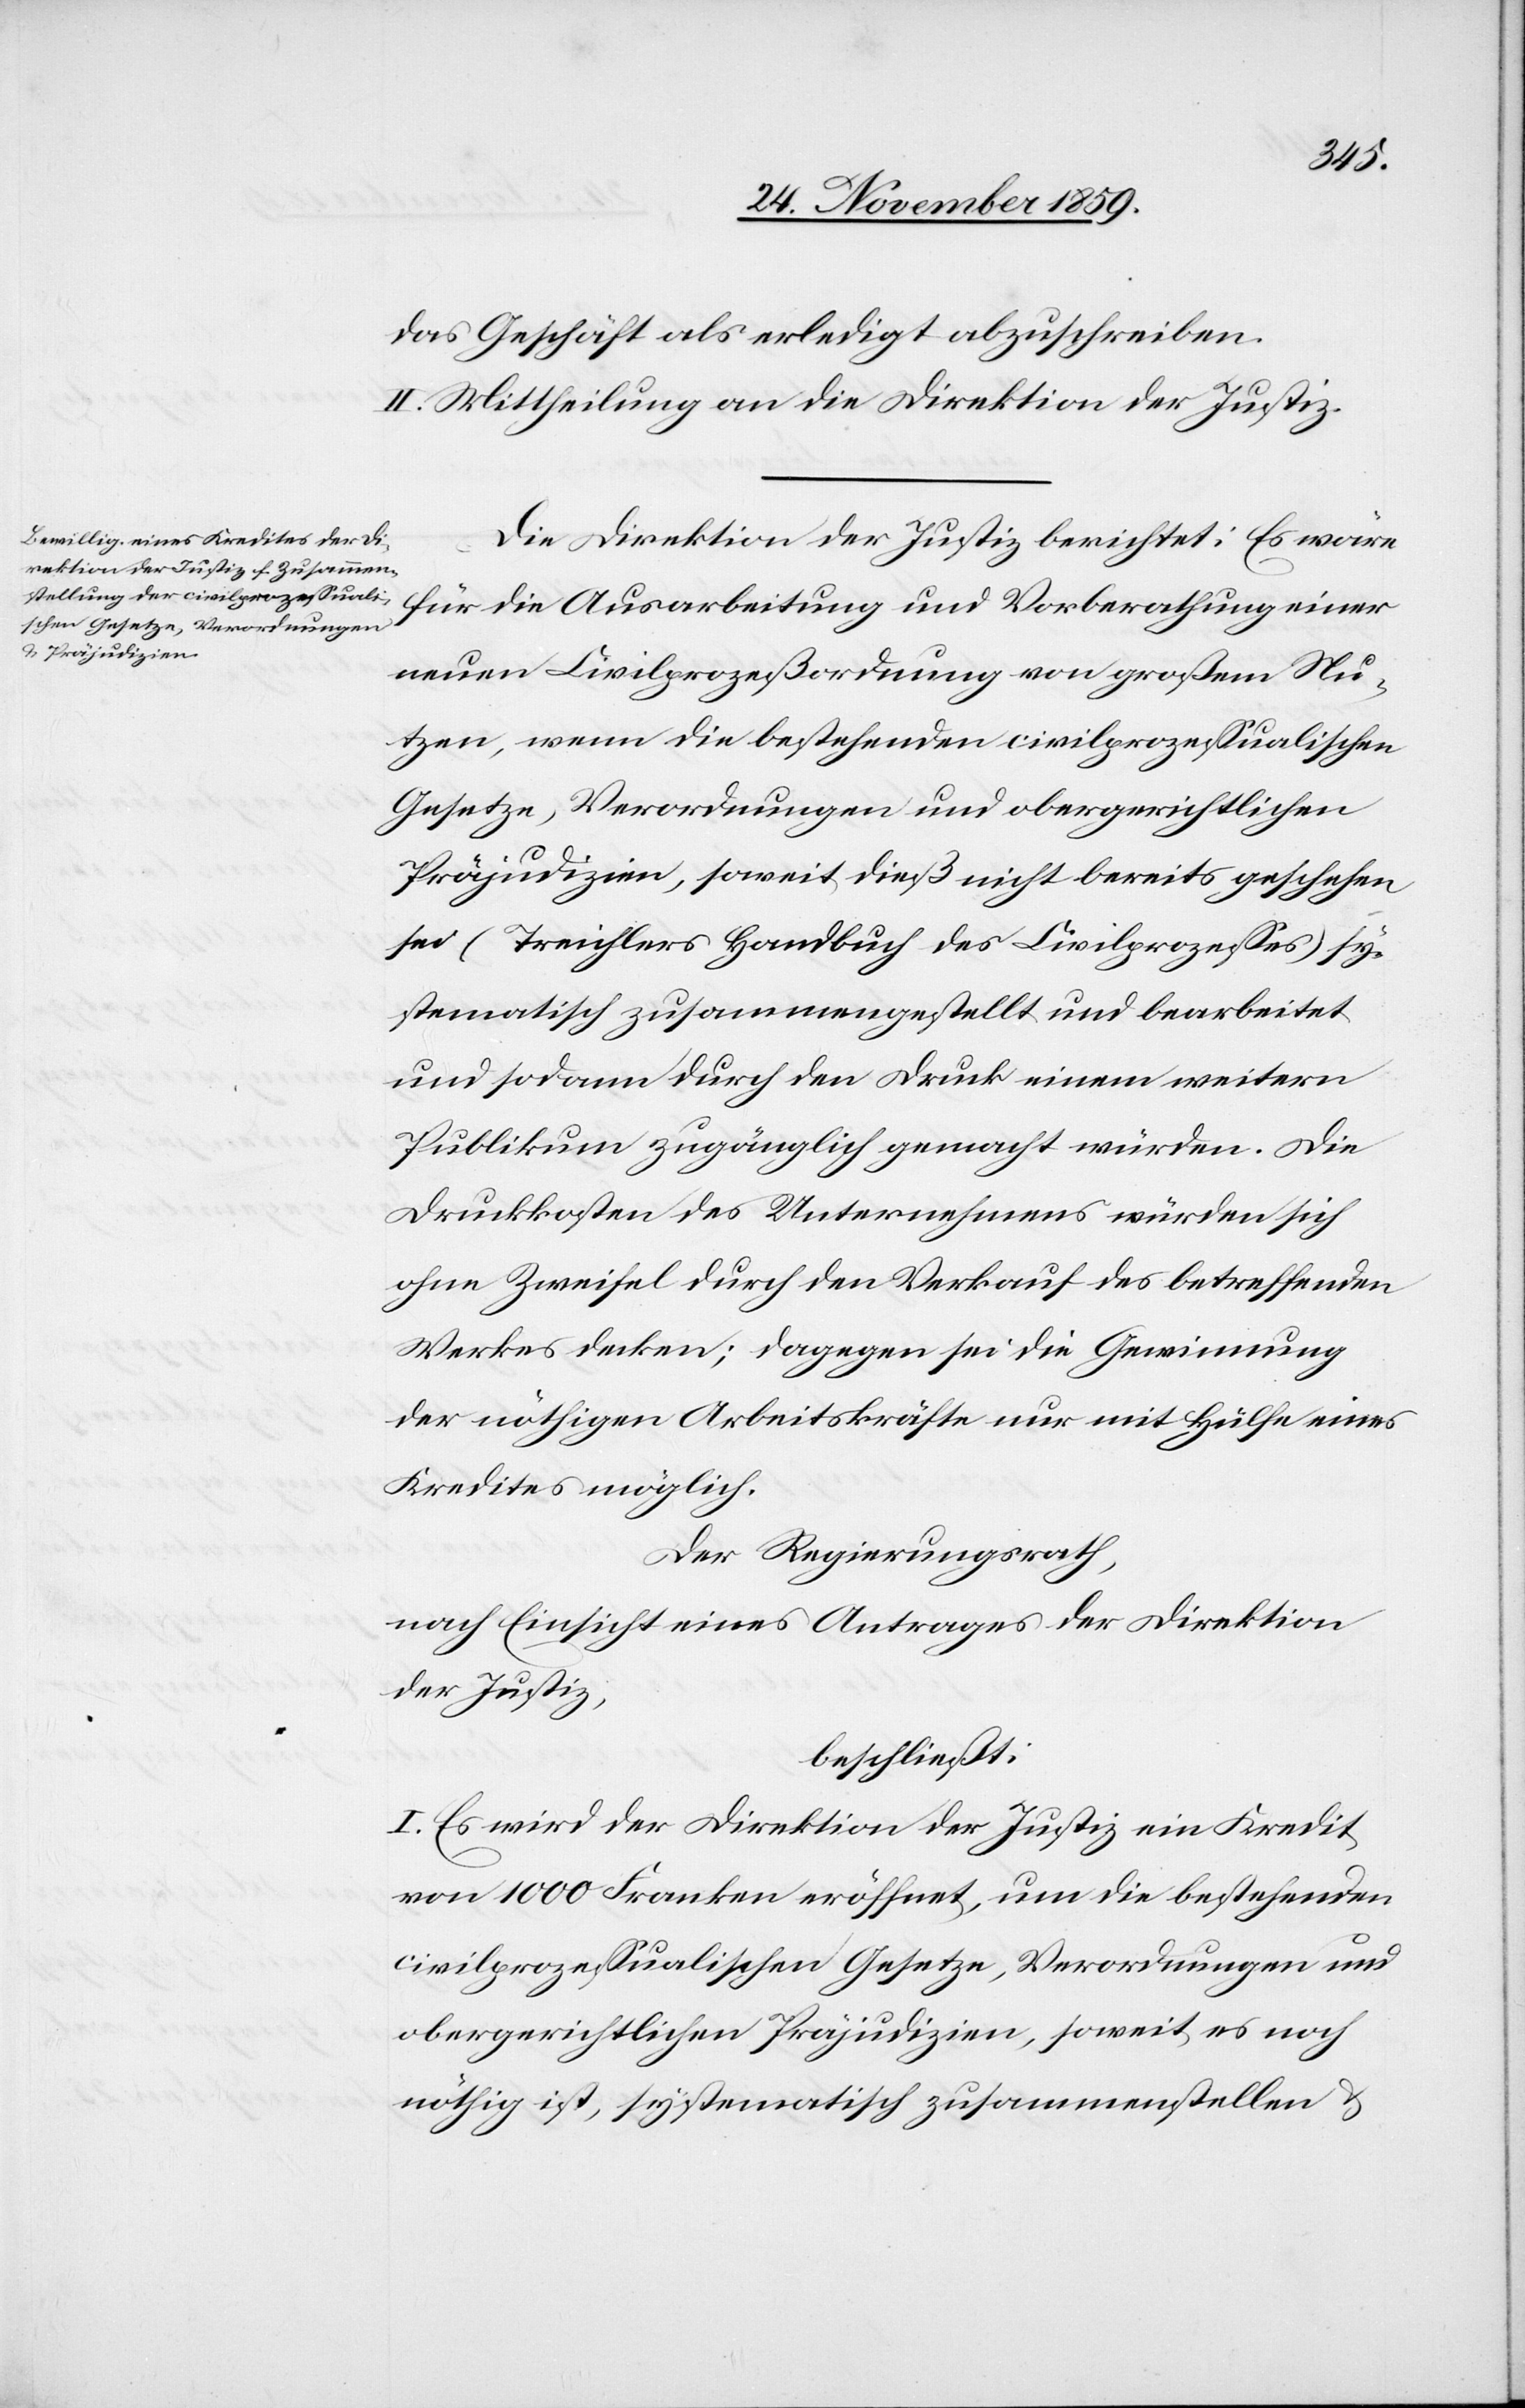
das Geschäft als erledigt abzuschreiben.
II. Mittheilung an die Direktion der Justiz.
Die Direktion der Justiz berichtet: Es wäre
für die Ausarbeitung und Vorberathung einer
neuen Civilprozeßordnung von großem Nu¬
tzen, wenn die bestehenden civilprozessualischen
Gesetze, Verordnungen und obergerichtlichen
Präjudizien, soweit dieß nicht bereits geschehen
sei (Treichlers Handbuch des Civilprozesses) sy¬
stematisch zusammengestellt und bearbeitet
und sodann durch den Druck einem weitern
Publikum zugänglich gemacht würden. Die
Druckkosten des Unternehmens würden sich
ohne Zweifel durch den Verkauf des betreffenden
Werkes decken; dagegen sei die Gewinnung
der nöthigen Arbeitskräfte nur mit Hülfe eines
Kredites möglich.
Der Regierungsrath,
nach Einsicht eines Antrages der Direktion
der Justiz,
beschließt:
I. Es wird der Direktion der Justiz ein Kredit
vom 1000 Franken eröffnet, um die bestehenden
civilprozessualischen Gesetze, Verordnungen und
obergerichtlichen Präjudizien, soweit es noch
nöthig ist, systematisch zusammenstellen &